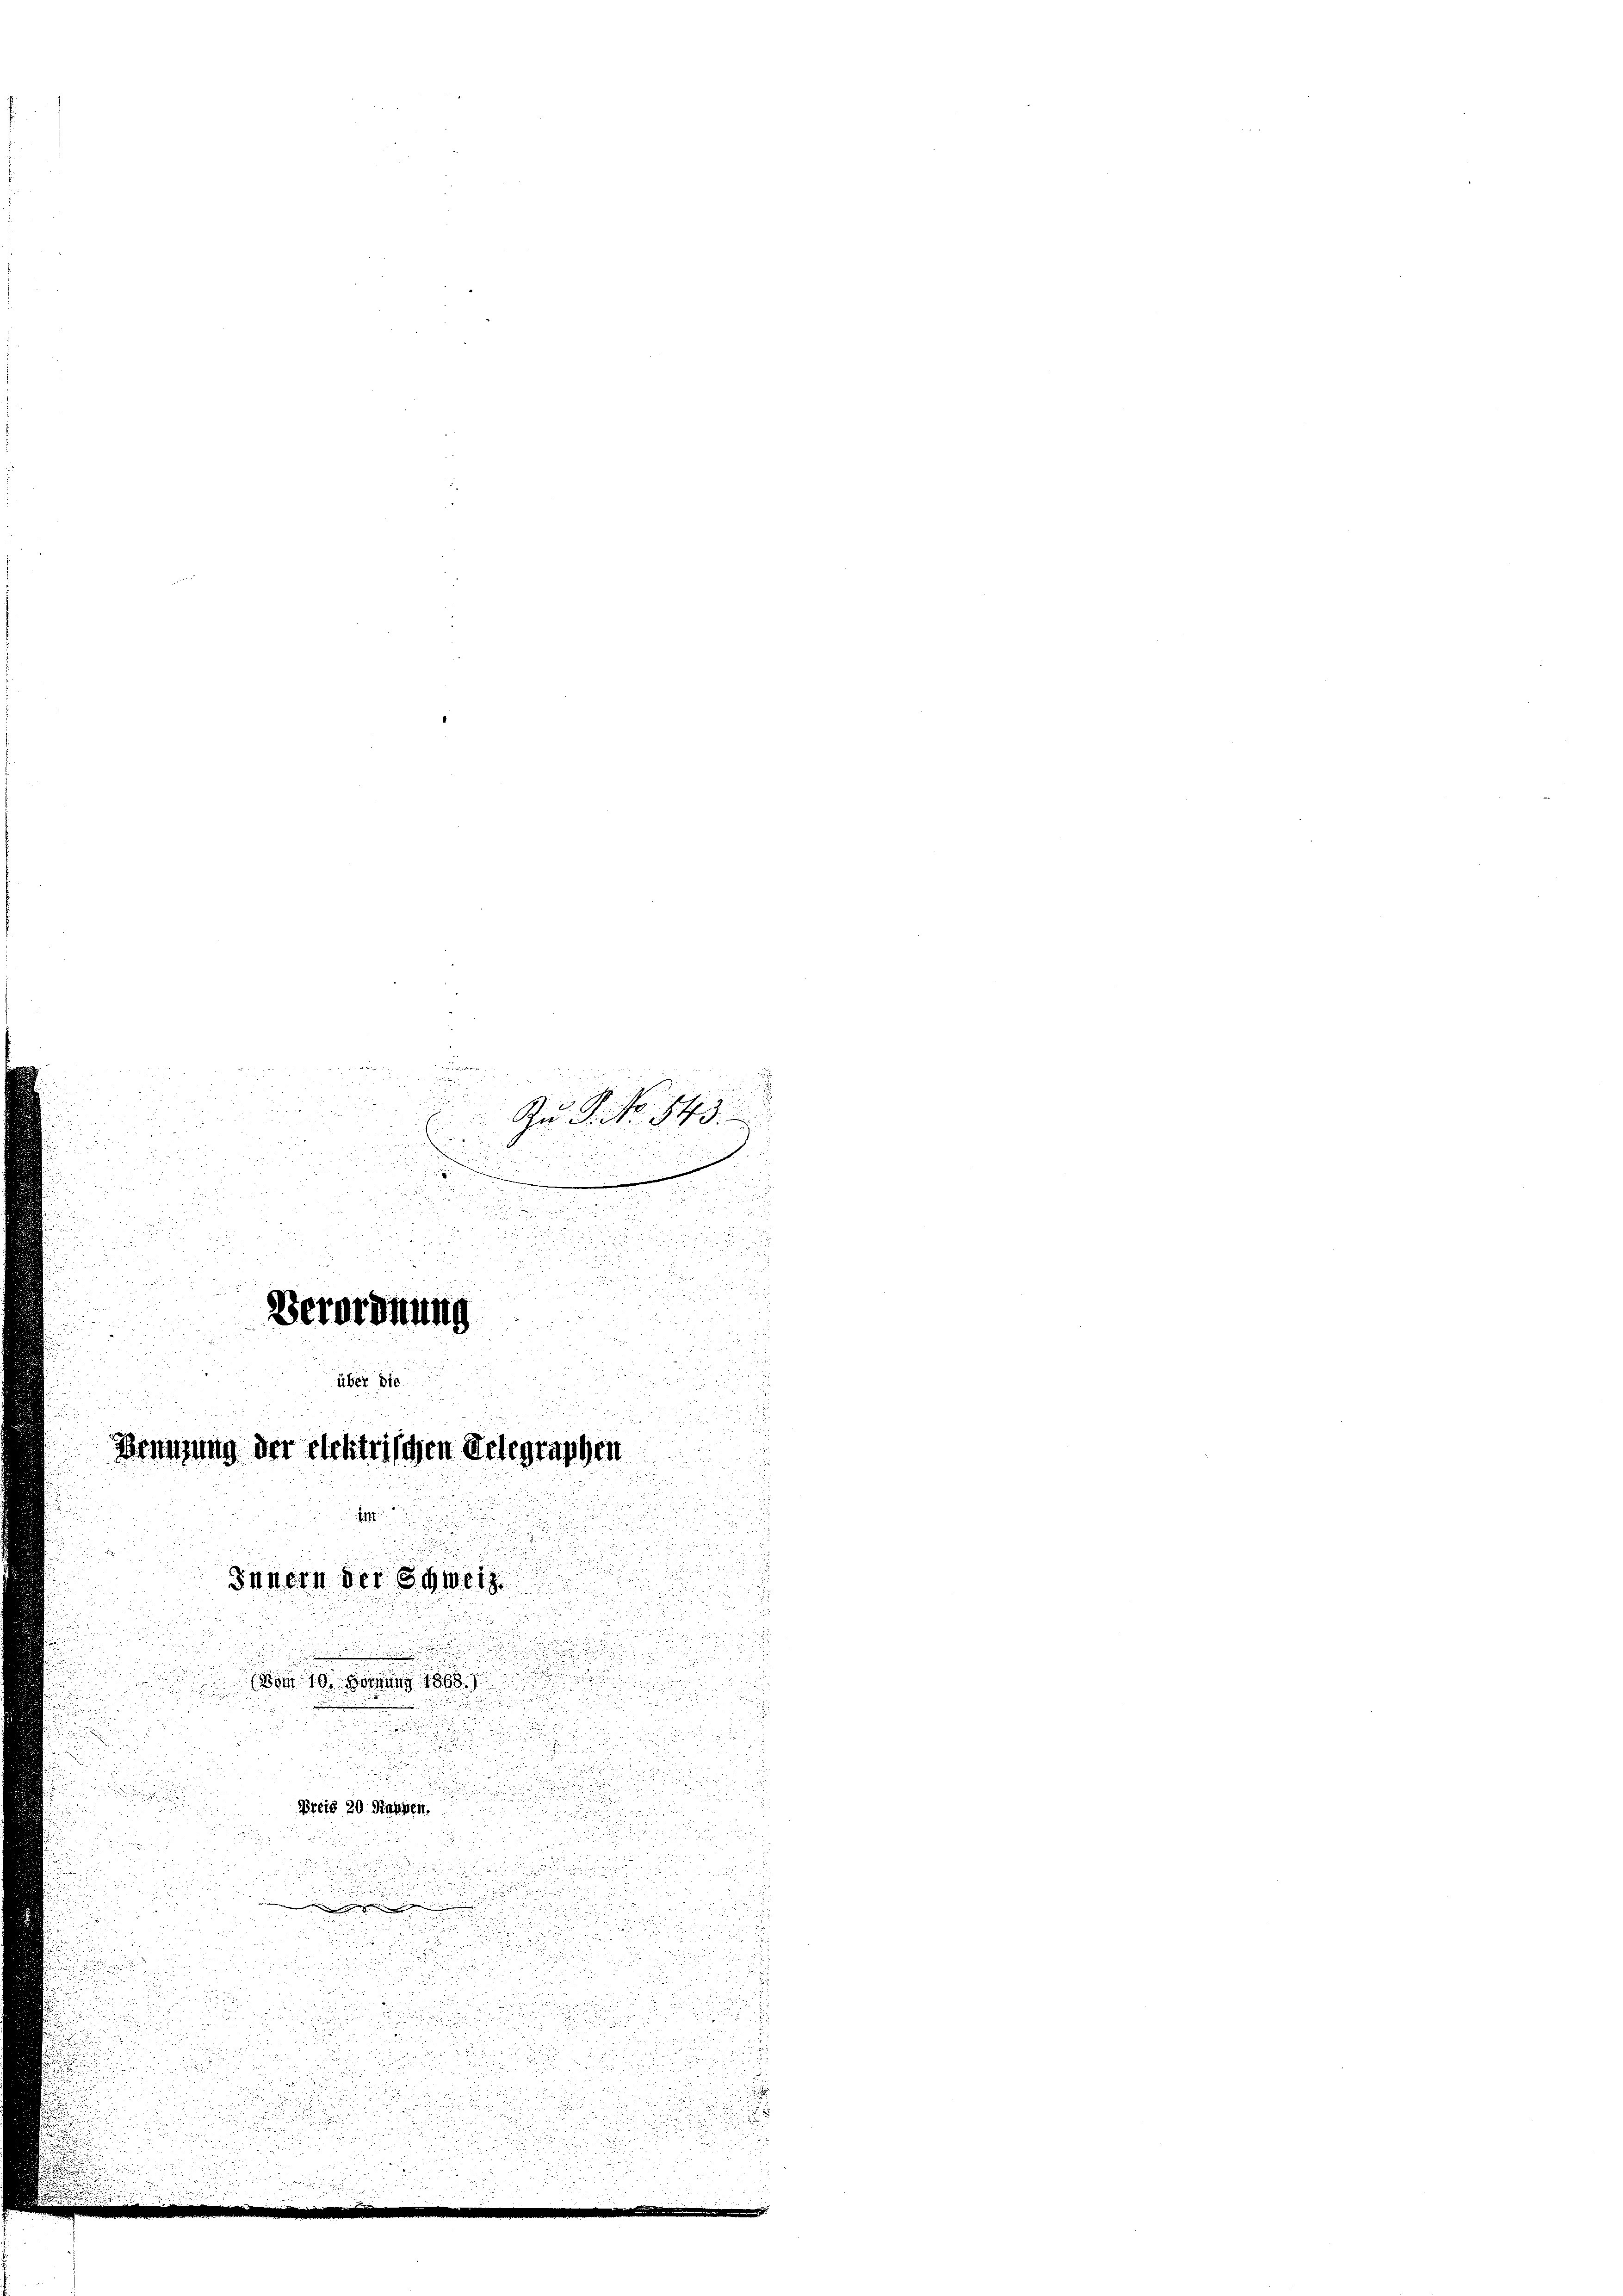
Zu P. Nr. 543.

B
x

.

.

e

0 f 0 x
a
.

a
e

Berordnung
über di
.

Beizung der elektrischen Delegraphen
Innern der Schweiz

(vom 10. Hornung 1868)

Preis 20 Mannen.